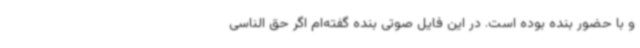
و با حضور بنده بوده است. در این فایل صوتی بنده گفته‌ام اگر حق الناسی